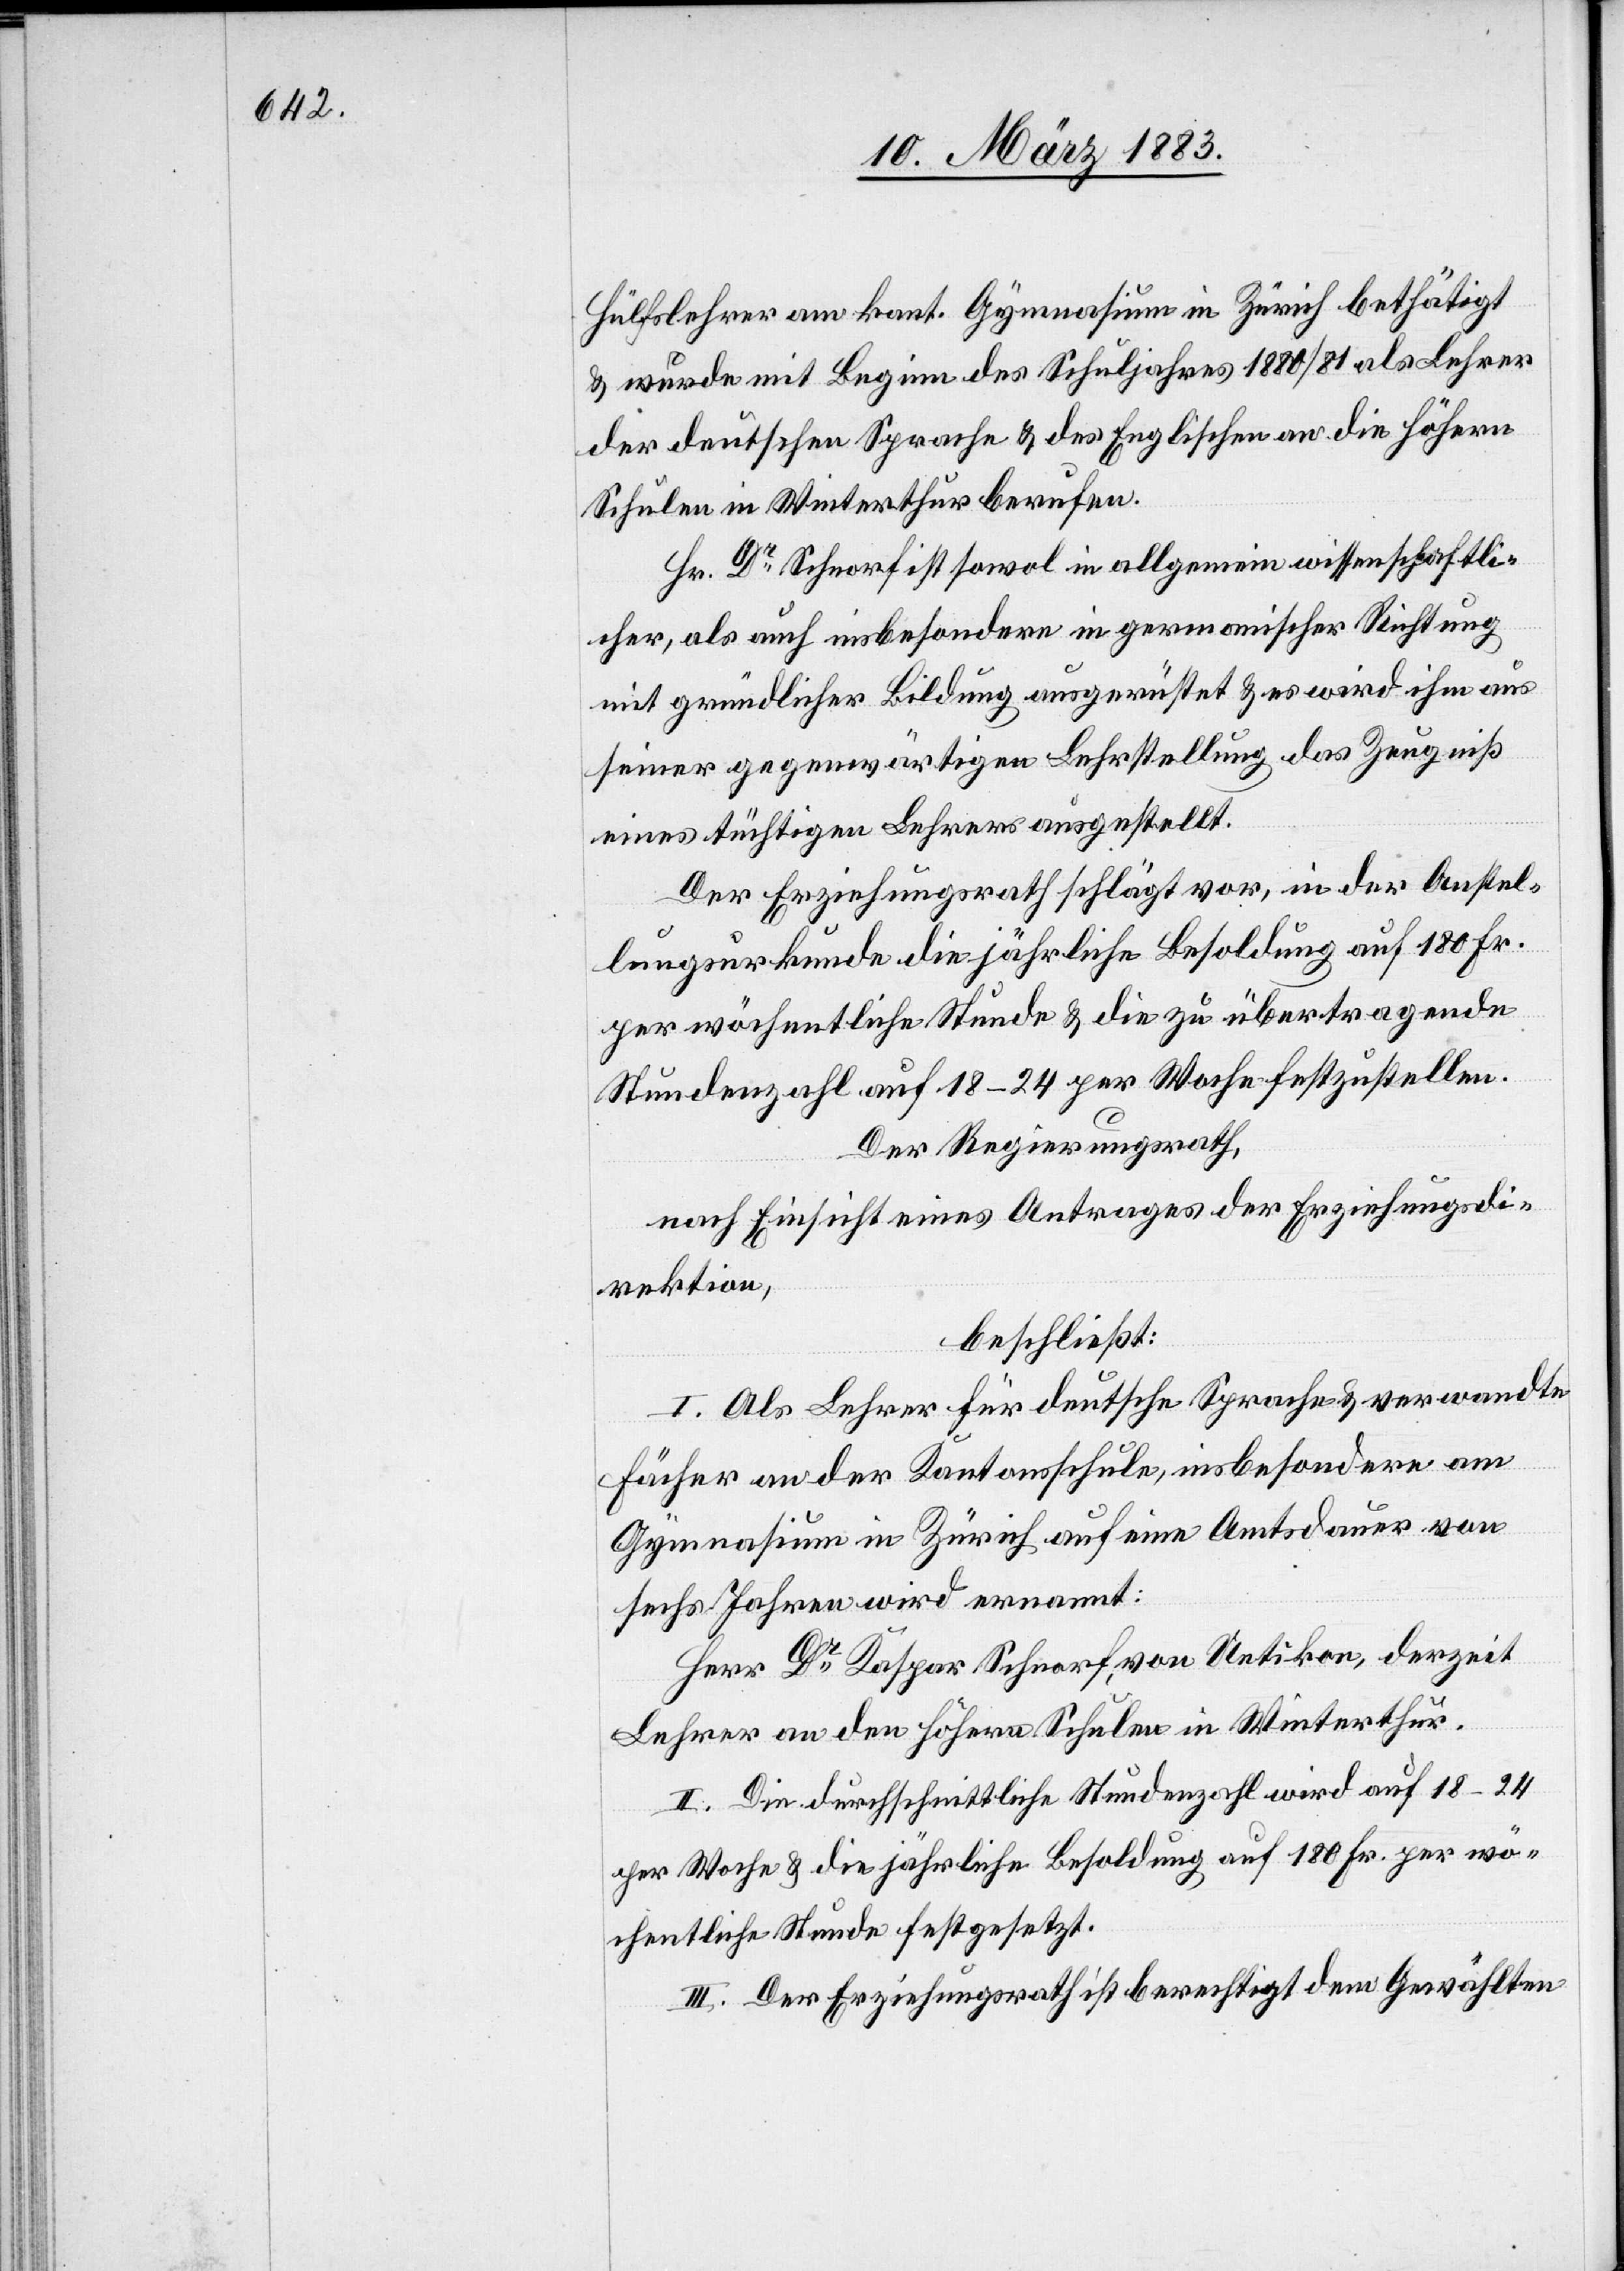
2.

Der Regierungsrath,
nach Einsicht eines Antrages der Erziehungsdi¬
rektion,
beschließt: